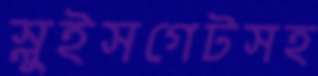
স্লুইসগেটসহ